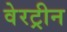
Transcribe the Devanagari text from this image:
वेरट्रीन